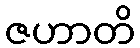
ဇဟာတိ